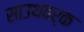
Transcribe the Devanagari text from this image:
साउथवर्क